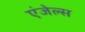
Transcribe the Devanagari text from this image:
एंजेल्‍स